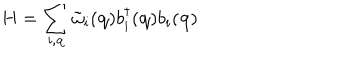
H = \sum _ { i , { \bf { q } } } { \tilde { \omega } } _ { i } ( { \bf { q } } ) b _ { i } ^ { \dagger } ( { \bf { q } } ) b _ { i } ( { \bf { q } } )